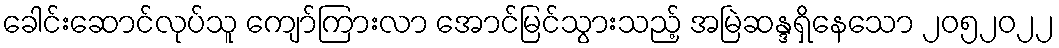
ခေါင်းဆောင်လုပ်သူ ကျော်ကြားလာ အောင်မြင်သွားသည့် အမြဲဆန္ဒရှိနေသော ၂၀၅၂၀၂၂